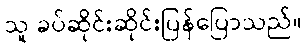
သူ ခပ်ဆိုင်းဆိုင်းပြန်ပြောသည်။